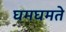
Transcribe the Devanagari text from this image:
घमघमते